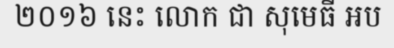
២០១៦ នេះ លោក ជា សុមេធី អប